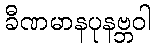
ခီဏမာနပုနဗ္ဘဝါ